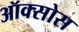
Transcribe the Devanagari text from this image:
ऑक्सोस